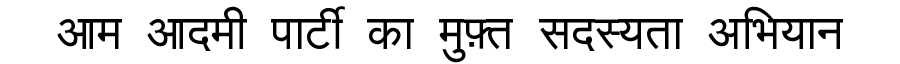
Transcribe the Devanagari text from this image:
आम आदमी पार्टी का मुफ़्त सदस्यता अभियान